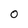
Character: 0